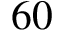
6 0